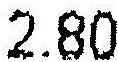
2.80